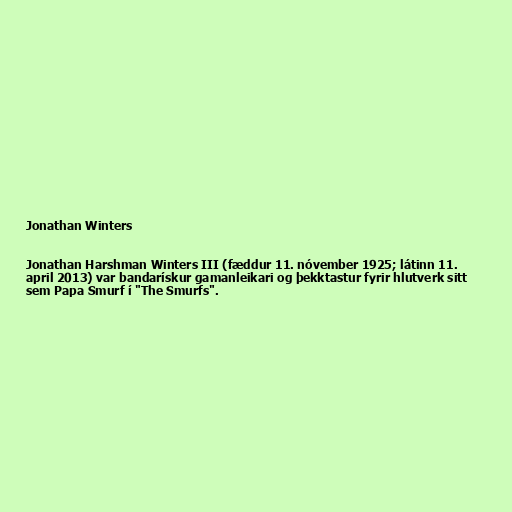
Jonathan Winters

Jonathan Harshman Winters III (fæddur 11. nóvember 1925; látinn 11.
april 2013) var bandarískur gamanleikari og þekktastur fyrir hlutverk sitt
sem Papa Smurf í "The Smurfs".